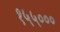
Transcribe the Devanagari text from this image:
१५५०००